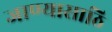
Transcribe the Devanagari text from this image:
जाण्यासाठि